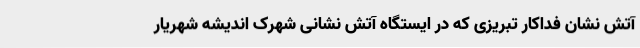
آتش نشان فداکار تبریزی که در ایستگاه آتش نشانی شهرک اندیشه شهریار